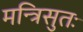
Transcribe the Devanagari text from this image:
मन्त्रिसुतः